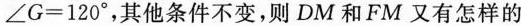
∠ G = 1 2 0 °$$ ，其他条件不变，则DM和FM又有怎样的